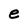
Character: e